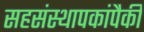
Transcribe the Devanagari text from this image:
सहसंस्थापकांपैकी